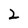
Character: 2